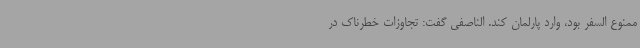
ممنوع السفر بود، وارد پارلمان کند. الناصفی گفت: تجاوزات خطرناک در